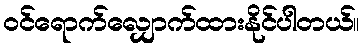
ဝင်ရောက်လျှောက်ထားနိုင်ပါတယ်။